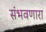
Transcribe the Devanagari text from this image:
संभवणारा